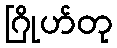
ဂြိုဟ်တု